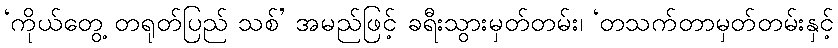
‘ကိုယ်တွေ့ တရုတ်ပြည် သစ်’ အမည်ဖြင့် ခရီးသွားမှတ်တမ်း၊ ‘တသက်တာမှတ်တမ်းနှင့်